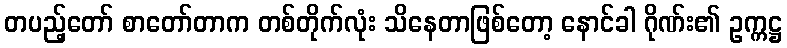
တပည့်တော် စာတော်တာက တစ်တိုက်လုံး သိနေတာဖြစ်တော့ နောင်ခါ ဂိုဏ်း၏ ဥက္ကဋ္ဌ